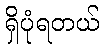
ရှိပုံရတယ်